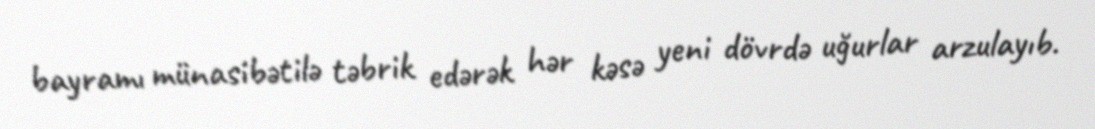
bayramı münasibətilə təbrik edərək hər kəsə yeni dövrdə uğurlar arzulayıb.